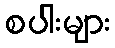
စပါးများ